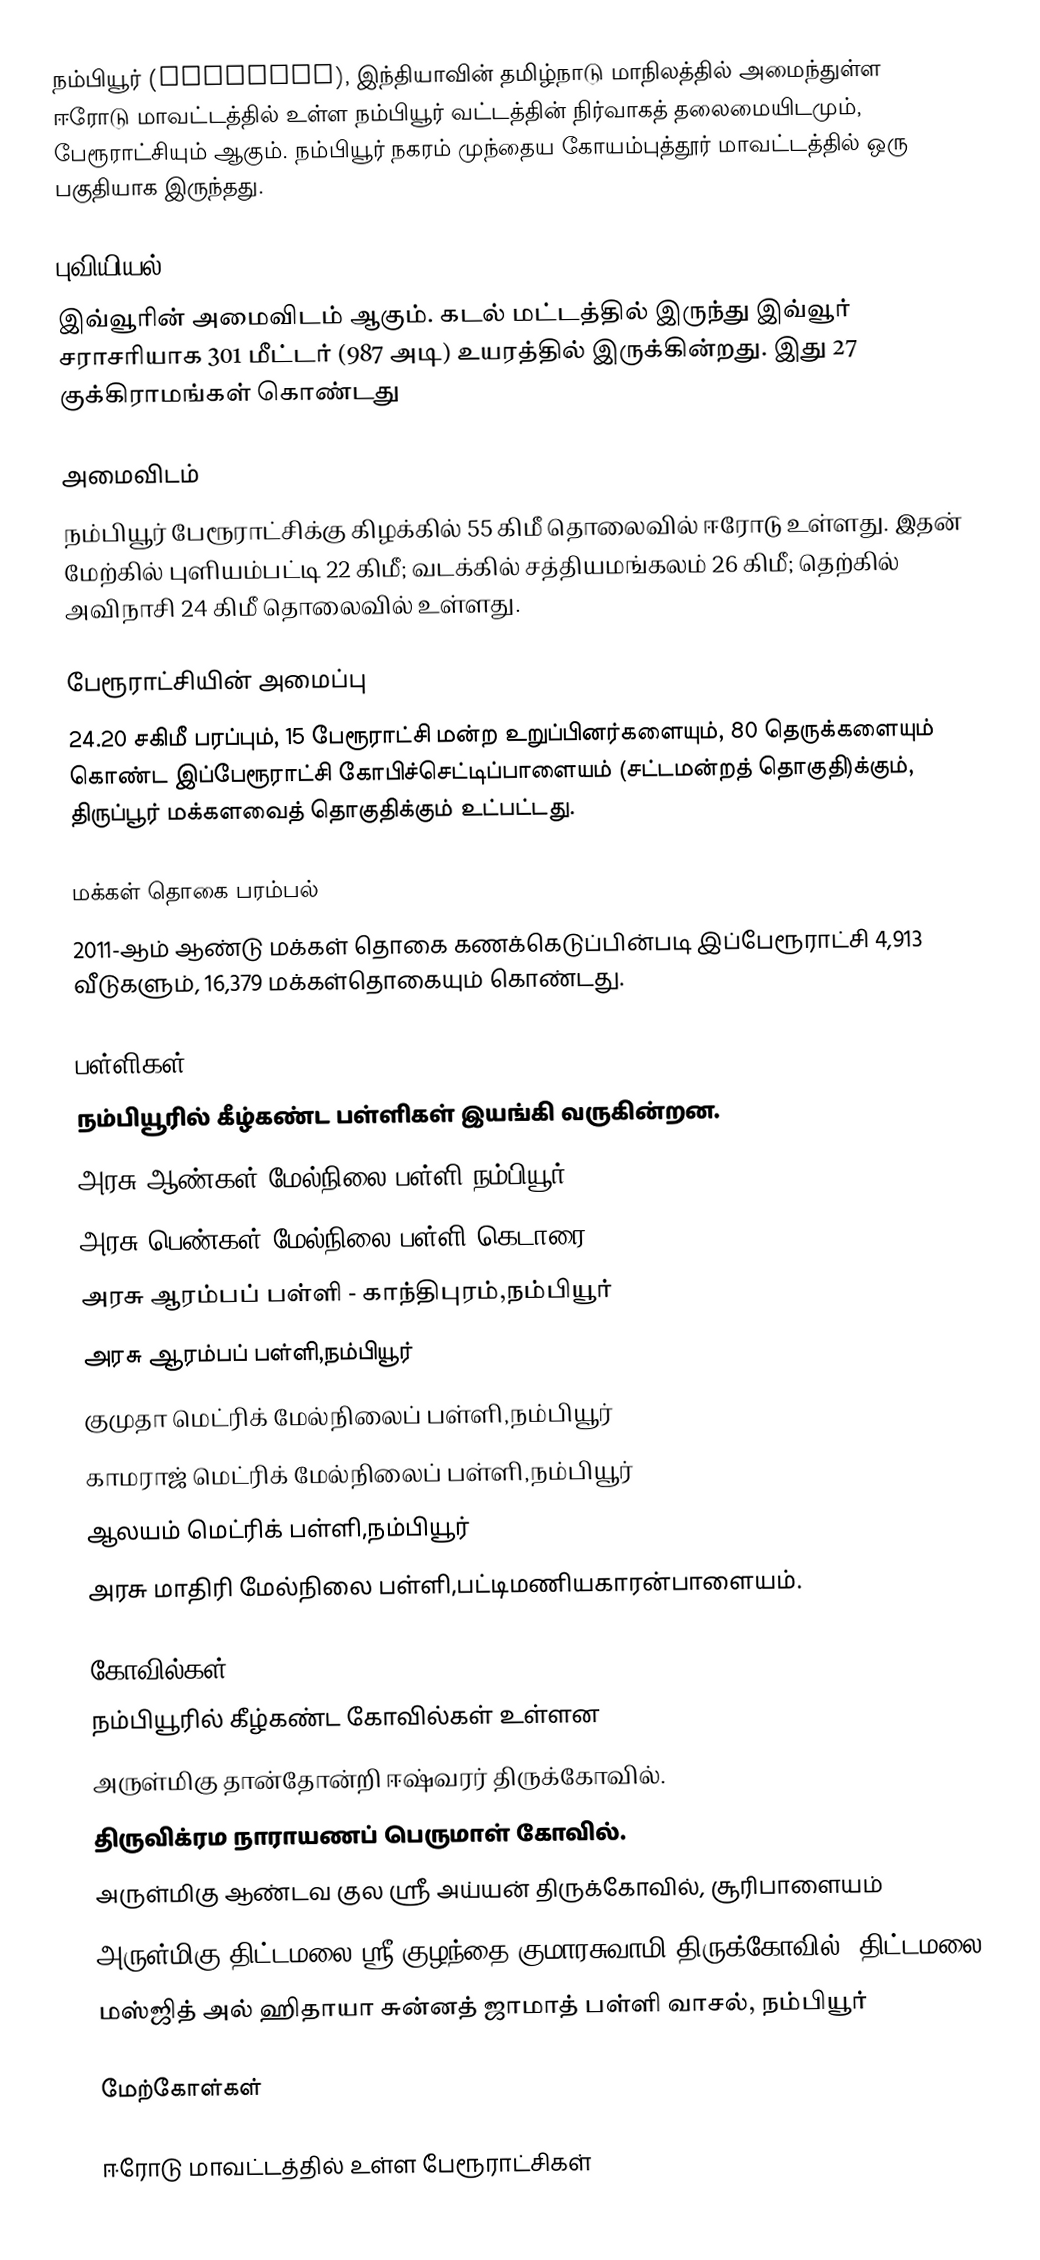
நம்பியூர் (Nambiyur), இந்தியாவின் தமிழ்நாடு மாநிலத்தில் அமைந்துள்ள ஈரோடு மாவட்டத்தில் உள்ள  நம்பியூர் வட்டத்தின் நிர்வாகத் தலைமையிடமும், பேரூராட்சியும் ஆகும். நம்பியூர் நகரம் முந்தைய கோயம்புத்தூர் மாவட்டத்தில் ஒரு பகுதியாக இருந்தது.

புவியியல்
இவ்வூரின் அமைவிடம்  ஆகும். கடல் மட்டத்தில் இருந்து இவ்வூர் சராசரியாக 301 மீட்டர் (987 அடி) உயரத்தில் இருக்கின்றது. இது 27 குக்கிராமங்கள் கொண்டது

அமைவிடம்
நம்பியூர் பேரூராட்சிக்கு கிழக்கில்  55  கிமீ  தொலைவில் ஈரோடு உள்ளது. இதன் மேற்கில் புளியம்பட்டி 22   கிமீ; வடக்கில் சத்தியமங்கலம் 26  கிமீ; தெற்கில் அவிநாசி 24   கிமீ தொலைவில் உள்ளது.

பேரூராட்சியின் அமைப்பு
24.20 சகிமீ பரப்பும்,  15 பேரூராட்சி மன்ற உறுப்பினர்களையும்,    80 தெருக்களையும் கொண்ட இப்பேரூராட்சி கோபிச்செட்டிப்பாளையம்   (சட்டமன்றத் தொகுதி)க்கும், திருப்பூர் மக்களவைத் தொகுதிக்கும் உட்பட்டது.

மக்கள் தொகை பரம்பல்
2011-ஆம் ஆண்டு மக்கள் தொகை கணக்கெடுப்பின்படி  இப்பேரூராட்சி    4,913 வீடுகளும்,   16,379 மக்கள்தொகையும் கொண்டது.

பள்ளிகள்
நம்பியூரில் கீழ்கண்ட பள்ளிகள் இயங்கி வருகின்றன.
 அரசு ஆண்கள் மேல்நிலை பள்ளி,நம்பியூர்
 அரசு பெண்கள் மேல்நிலை பள்ளி-கெடாரை
 அரசு ஆரம்பப் பள்ளி - காந்திபுரம்,நம்பியூர்
 அரசு ஆரம்பப் பள்ளி,நம்பியூர்
 குமுதா மெட்ரிக் மேல்நிலைப் பள்ளி,நம்பியூர்
 காமராஜ் மெட்ரிக் மேல்நிலைப் பள்ளி,நம்பியூர்
 ஆலயம் மெட்ரிக் பள்ளி,நம்பியூர்
 அரசு மாதிரி மேல்நிலை பள்ளி,பட்டிமணியகாரன்பாளையம்.

கோவில்கள்
நம்பியூரில் கீழ்கண்ட கோவில்கள் உள்ளன
 அருள்மிகு தான்தோன்றி ஈஷ்வரர் திருக்கோவில்.
 திருவிக்ரம நாராயணப் பெருமாள் கோவில்.
 அருள்மிகு ஆண்டவ குல ஸ்ரீ அய்யன் திருக்கோவில், சூரிபாளையம்
 அருள்மிகு திட்டமலை ஸ்ரீ குழந்தை குமாரசுவாமி திருக்கோவில், திட்டமலை
 மஸ்ஜித் அல் ஹிதாயா சுன்னத் ஜாமாத் பள்ளி வாசல், நம்பியூர்

மேற்கோள்கள்

ஈரோடு மாவட்டத்தில் உள்ள பேரூராட்சிகள்